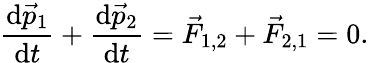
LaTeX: {\frac{\mathrm{d}{\vec{p}}_{1}}{\mathrm{d}t}}+{\frac{\mathrm{d}{\vec{p}}_{2}}{\mathrm{d}t}}={\vec{F}}_{1,2}+{\vec{F}}_{2,1}=0.